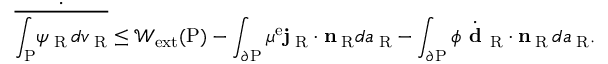
\dot { \overline { { \int _ { \mathrm { P } } \! \psi _ { \mathrm { \tiny ~ R } } \, d v _ { \mathrm { \tiny ~ R } } } } } \le \mathcal { W } _ { \mathrm { e x t } } ( \mathrm { P } ) - \int _ { \partial \mathrm { P } } \mu ^ { \mathrm { e } } { \bf j } _ { \mathrm { \tiny ~ R } } \cdot { \bf n } _ { \mathrm { \tiny ~ R } } d a _ { \mathrm { \tiny ~ R } } - \int _ { \partial \mathrm { P } } \phi \dot { \textbf { d } } _ { \mathrm { R } } \cdot { \bf n } _ { \mathrm { \tiny ~ R } } \, d a _ { \mathrm { \tiny ~ R } } .